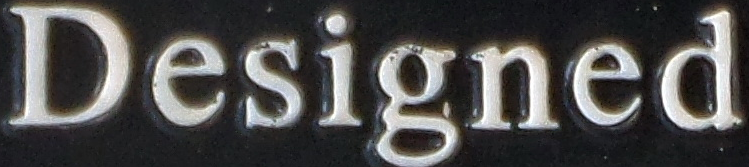
Designed